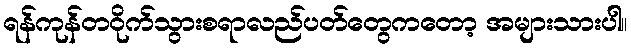
ရန်ကုန်တဝိုက်သွားစရာလည်ပတ်တွေကတော့ အများသားပါ။